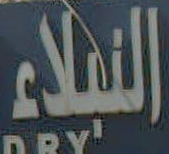
النبلاء